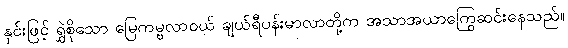
နှင်းဖြင့် ရွှဲစိုသော မြေကမ္ဗလာဝယ် ချယ်ရီပန်းမာလာတို့က အသာအယာကြွေဆင်းနေသည်။